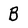
Character: B